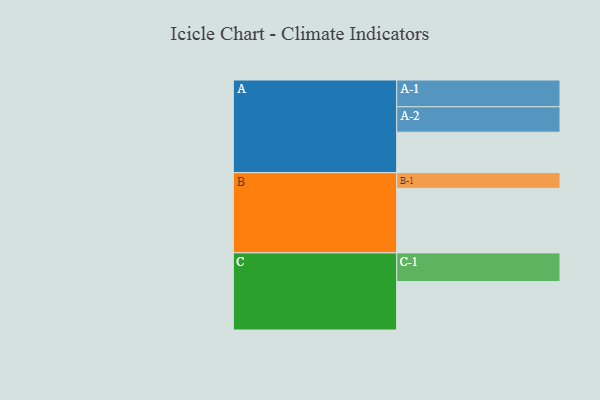
{"axis": {"x": "Segment", "y": "Value"}, "legend": ["", "A", "B", "C"], "data": [{"x": "A", "y": 375, "type": ""}, {"x": "B", "y": 598, "type": ""}, {"x": "C", "y": 449, "type": ""}, {"x": "A-1", "y": 248, "type": "A"}, {"x": "A-2", "y": 235, "type": "A"}, {"x": "B-1", "y": 145, "type": "B"}, {"x": "C-1", "y": 265, "type": "C"}]}